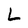
Character: L